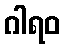
ဂါရဝ